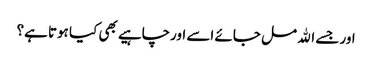
اور جسے الله مل جائے اسے اورچاہیے بھی کیا ہوتا ہے؟